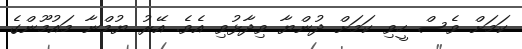
ކަމަށް ވެސް ހީވި ކަމަށް ދުންޔާ ވިދާޅުވި އެވެ. އޭރު ޔުމްނާ މައުމޫންގެ